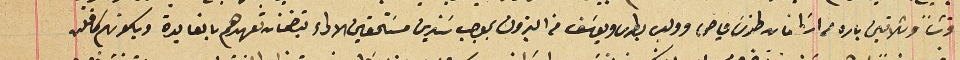
قرشاً وثلاثين باره من اسَطفان طنوس فياض وولديه بطرس ويوسَف من البترون بموجب سَندين مسَتحقين الاداء يتضمنان تعهدهم بالفايدة وبكونهم كافلن